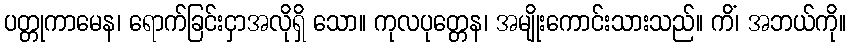
ပတ္တုကာမေန၊ ရောက်ခြင်းငှာအလိုရှိ သော။ ကုလပုတ္တေန၊ အမျိုးကောင်းသားသည်။ ကိံ၊ အဘယ်ကို။